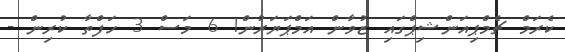
ކެރަމް ޗެމްޕިއަންޝިޕްގައި ޒުވާން އަމްޕަޔަރުން! 6 މަސް 3 ހަފްތާ ކުރިން -